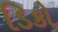
ડિકો